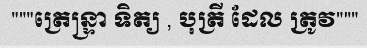
"""ត្រេន្ទ្រា ទិត្យ , បុត្រី ដែល ត្រូវ"""